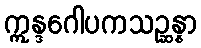
ဣန္ဒဂေါပကသဉ္ဆန္နာ